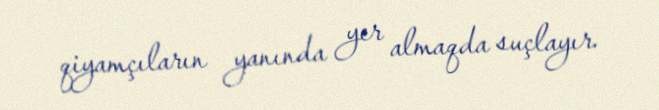
qiyamçıların yanında yer almaqda suçlayır.